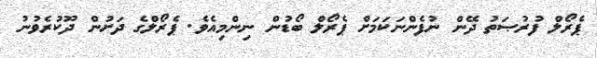
ޕެރޯލް ފުރުޞަތު ދޭން ނުފެންނަކަމަށް ޕެރޯލް ބޯޑުން ނިންމިއެވެ. ޕެރޯލްގެ ދަށުން ދޫކުރެވުނު